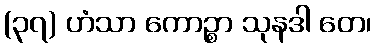
(၃၇) ဟံသာ ကောဉ္စာ သုနဒါ တေ၊